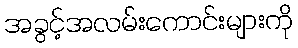
အခွင့်အလမ်းကောင်းများကို